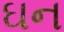
ઘન